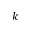
k